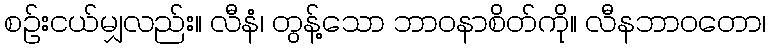
စဉ်းငယ်မျှလည်း။ လီနံ၊ တွန့်သော ဘာဝနာစိတ်ကို။ လီနဘာဝတော၊